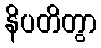
နိပတိတွာ